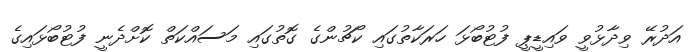
އަދުރޭ ވިދާޅުވީ ވައިޑީޕީ ފުޓުބޯޅަ ހަރަކާތުގައި ކޯޗުންގެ ގޮތުގައި މަސައްކަތް ކޮށްދެނީ ފުޓުބޯޅައިގެ